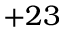
+ 2 3